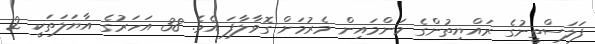
ފަލަސްތީނުގެ ރައްޔިތުންގެ މަންމައިން މެރުމަށް ގޮވާލާފަ އެވެ. 38 އަހަރުގެ އާޔަލަތަކީ 2